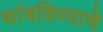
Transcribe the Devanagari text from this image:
थांबविण्याचे